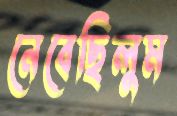
নেবেছিলুম